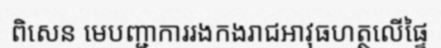
ពិសេន មេបញ្ជាការរងកងរាជអាវុធហត្ថលើផ្ទៃ